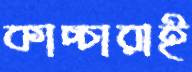
কাচ্চারাই